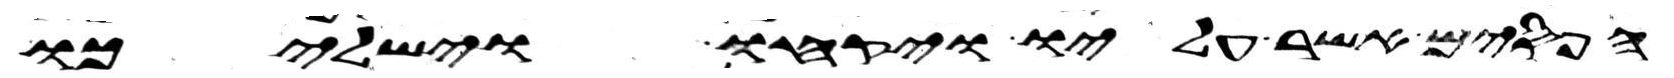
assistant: הפסים אשר עליו ויקחו וישלכו